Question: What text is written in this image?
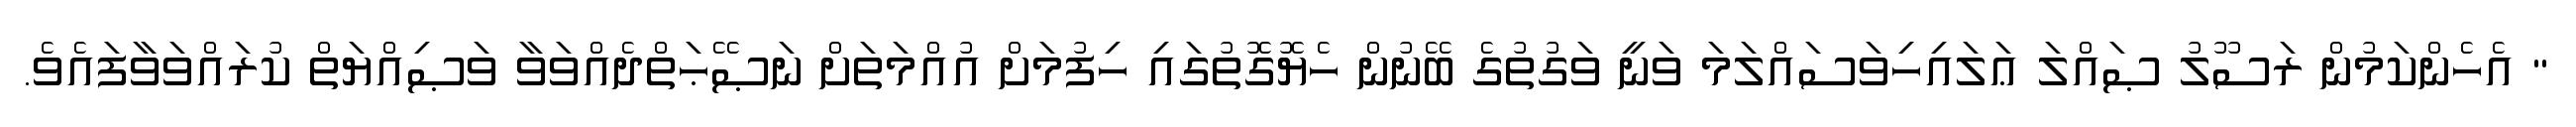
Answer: " އެހެންކަމުން ރަސޫލު ޞައްލަ ޢަލައިހިވަސައްލަމަ ވަނީ ވަގުތުގެ ބޭނުން ހެޔޮގޮތުގައި ހިފުމަށް އުއްމަތަށް ނަޞޭޙަތްދެއްވަވާ ވަޞިއްޔަތް ކުރައްވަވާފައެވެ.